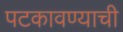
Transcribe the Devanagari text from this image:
पटकावण्याची